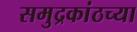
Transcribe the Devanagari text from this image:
समुद्रकांठच्या